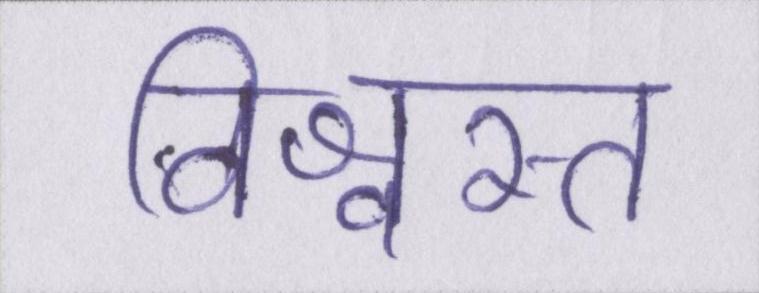
विश्वस्त